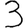
Digit: 3